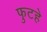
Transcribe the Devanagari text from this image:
फुटहे